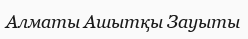
Алматы Ашытқы Зауыты